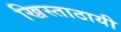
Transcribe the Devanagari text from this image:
ख्रिस्ताठायी